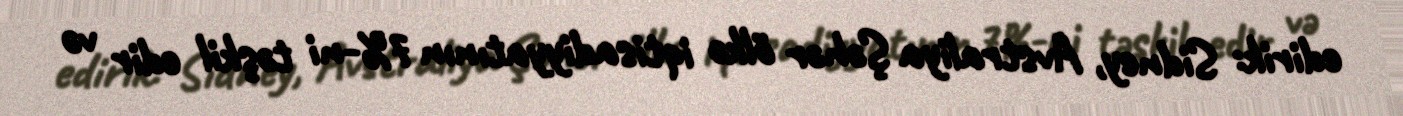
edirik: Sidney, Avstraliya Şəhər ölkə iqtisadiyyatının 7%-ni təşkil edir və